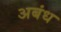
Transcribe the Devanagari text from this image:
अबंध